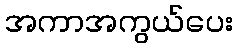
အကာအကွယ်ပေး